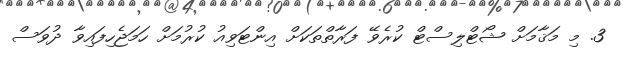
3. މި މަޤާމަށް ޝޯޓްލިސްޓް ކުރެވޭ ފަރާތްތަކަށް އިންޓަވިއު ކުރުމަށް ހަމަޖެހިފައިވާ ދުވަސް